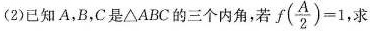
(2)已知A，B，C是△ABC的三个内角，若 f( \frac{A}{2})=1求